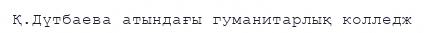
Қ.Дүтбаева атындағы гуманитарлық колледж